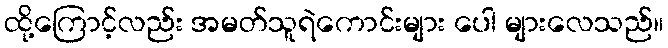
ထို့ကြောင့်လည်း အမတ်သူရဲကောင်းများ ပေါ များလေသည်။